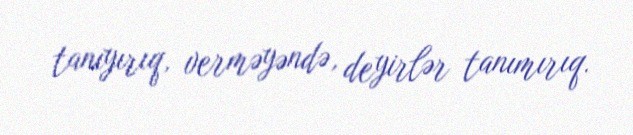
tanıyırıq, verməyəndə, deyirlər tanımırıq.